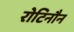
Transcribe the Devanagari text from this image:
रोटिनौन